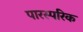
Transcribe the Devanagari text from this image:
पारस्‍परिक